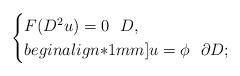
LaTeX: \begin{align*}\begin{cases}F(D^2u)=0 \ \ D,\\begin{align*}1mm]u=\phi \ \ \partial D;\end{cases}\end{align*}